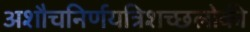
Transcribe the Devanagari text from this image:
अशौचनिर्णयत्रिशच्छलोकी